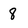
Character: 8